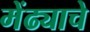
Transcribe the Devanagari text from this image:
मेंढ्याचे